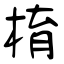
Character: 棛